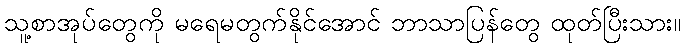
သူ့စာအုပ်တွေကို မရေမတွက်နိုင်အောင် ဘာသာပြန်တွေ ထုတ်ပြီးသား။